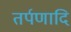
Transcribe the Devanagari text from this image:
तर्पणादि